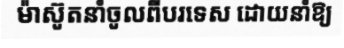
ម៉ាស៊ូតនាំចូលពីបរទេស ដោយនាំឱ្យ